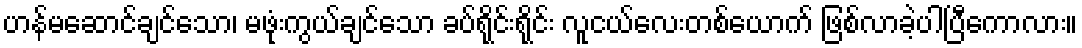
ဟန်မဆောင်ချင်သော၊ မဖုံးကွယ်ချင်သော ခပ်ရိုင်းရိုင်း လူငယ်လေးတစ်ယောက် ဖြစ်လာခဲ့ပါပြီကောလား။